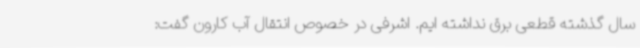
سال گذشته قطعی برق نداشته ایم. اشرفی در خصوص انتقال آب کارون گفت: